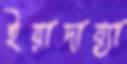
ইয়াদায়্যা